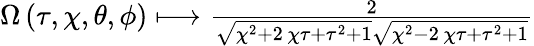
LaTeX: \begin{array}{r}{\Omega\left({\tau},{\chi},{\theta},{\phi}\right)\longmapsto\frac{2}{\sqrt{{\chi}^{2}+2\, {\chi}{\tau}+{\tau}^{2}+1}\sqrt{{\chi}^{2}-2\, {\chi}{\tau}+{\tau}^{2}+1}}}\end{array}